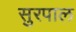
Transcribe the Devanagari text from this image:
सुरपाल